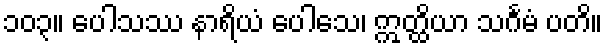
၁၀၃။ ပေါသဿ နာရိယံ ပေါသေ၊ ဣတ္ထိယာ သင်္ဂမံ ပတိ။